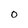
Character: 0